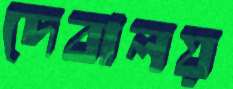
দেবালয়